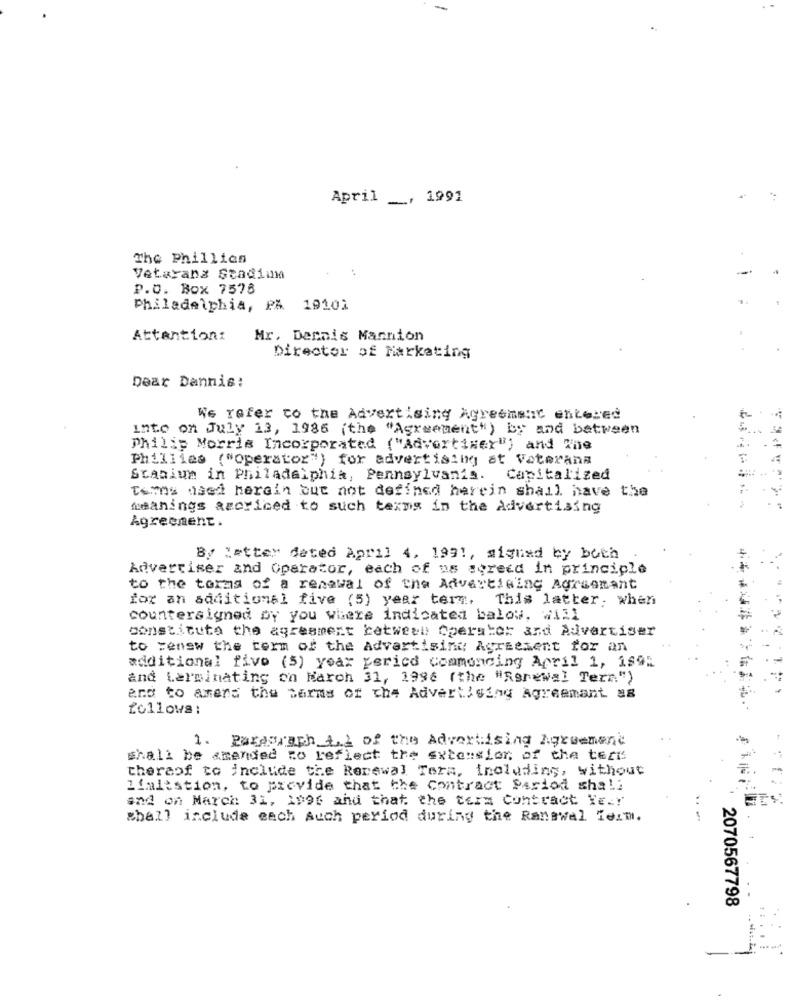
April _, 1991
The Phillies
Vetarana stadium
P.O. Box 7578
Philadelphia, PA 19101
Attentioni
Mr. Dennis Mannion
Director of Marketing
Dear Dannis:
We refer to the Advertising Agreement entered
into on July 13, 1986 (the "Agreement") by and between
philip Morris Incorporated ("Advertiser") and Wne
Phillies ("operator") for advertising at Vaterana
Scanium in Philadelphia, Pennsylvania. Capitalized
Temos used herein but not defined herein shall have the
meanings ascriced to such texms in the Advertising
Agreement.
By "etter deted April 4, 199 !, aiquad by both
Advertiser and Operator, each of us screed in principle
to the terms of a renewal of the Advertising Agreement
for an additional five (5) year term. This latter, when
****
countersigned by you where indicated balow, Will
constitute the agreement between cherstor and Advertiser
to renew the term of the Advertising Agreement for an
additional five (5) year peried commencing April 1, 1895
and Lerminating on March 31, 1996 (the "Rgrewal Tera")
and to anend the terms of the Advertising Agreement as
follows:
1. Paragraph A.1 of the Advertising Agreement
shall be amended to reflect the extension of the teck
thereof to include the Renewal Tera, Including, without
lialistion, to provide that the Contract Period shali
and on March 31, 1996 and that the term Contract Year
shall include each Auch period during the Ranswal lerm.
2070567798